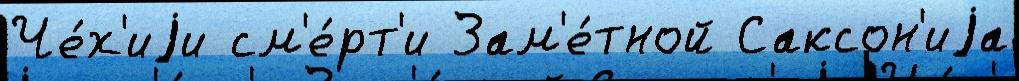
Че́х'иjи см'е́рт'и Зам'е́тной Саксон'иjа